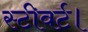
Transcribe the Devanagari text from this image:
स्टीवर्ट।